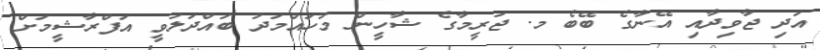
އަދި ޖާވިދާއި އޭނާގެ ބޭބެ މ. ޖަރީމާގެ ޝާހީން މުހައްމަދު ބައްދަލުވީ އަފްރާޝީމަށް